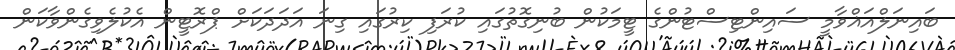
ބައިނަލްއަޣްވާމީ ސައިންޓިސްޓުންގެ ޓީމަކުން ބުނިގޮތުގައި ކުރަފި ކިރުގައި ގިނަ އަދަދަކަށް ޕްރޮޓީން އެކުލެވިގެންވާކަން